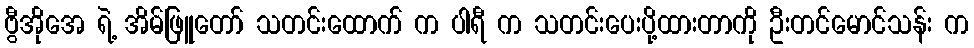
ဗွီအိုအေ ရဲ့ အိမ်ဖြူတော် သတင်းထောက် က ပါရီ က သတင်းပေးပို့ထားတာကို ဦးတင်မောင်သန်း က